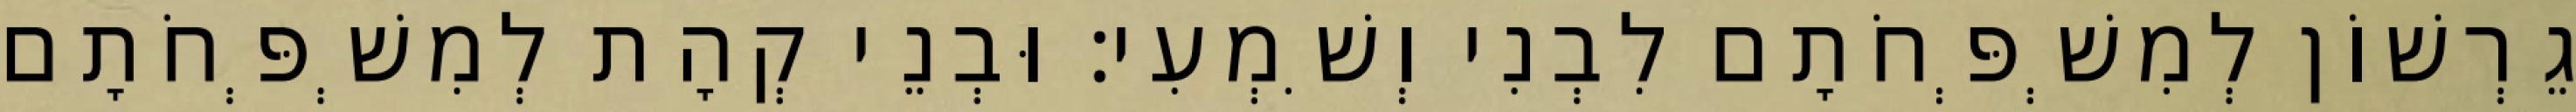
גֵרְשׁוֹן לְמִשְׁפְּחֹתָם לִבְנִי וְשִׁמְעִי׃ וּבְנֵי קְהָת לְמִשְׁפְּחֹתָם